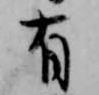
有